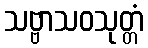
သဗ္ဗာသဝသုတ္တံ